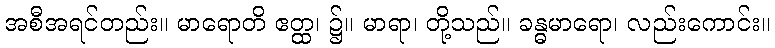
အစီအရင်တည်း။ မာရောတိ ဧတ္ထ၊ ၌။ မာရာ၊ တို့သည်။ ခန္ဓမာရော၊ လည်းကောင်း။